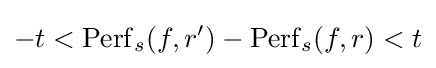
-t<\operatorname {Perf} _{s}(f,r')-\operatorname {Perf} _{s}(f,r)<t